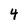
Character: 4